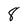
Character: 8